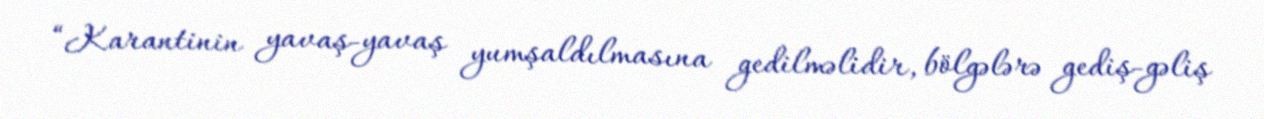
“Karantinin yavaş-yavaş yumşaldılmasına gedilməlidir, bölgələrə gediş-gəliş